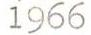
1966